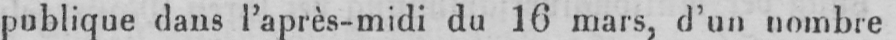
publique dans l’après-midi du 16 mars, d’un nombre